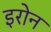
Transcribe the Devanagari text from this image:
इरोन